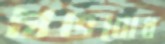
শুভবোধ